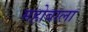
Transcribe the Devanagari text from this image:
महोबाला